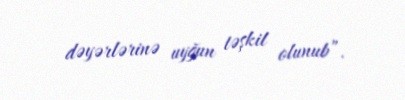
dəyərlərinə uyğun təşkil olunub”.